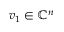
v _ { 1 } \in \mathbb { C } ^ { n }